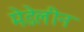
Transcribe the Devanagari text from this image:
मेडेलीन